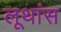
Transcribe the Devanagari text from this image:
लूथांस